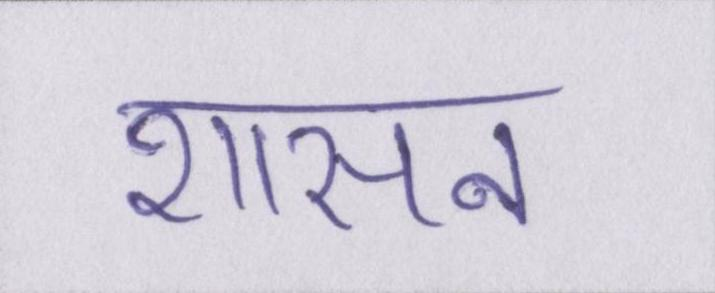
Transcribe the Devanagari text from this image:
शासन